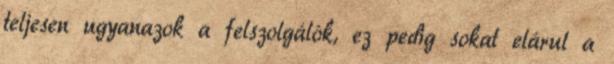
teljesen ugyanazok a felszolgálók, ez pedig sokat elárul a